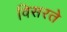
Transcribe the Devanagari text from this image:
विसरते